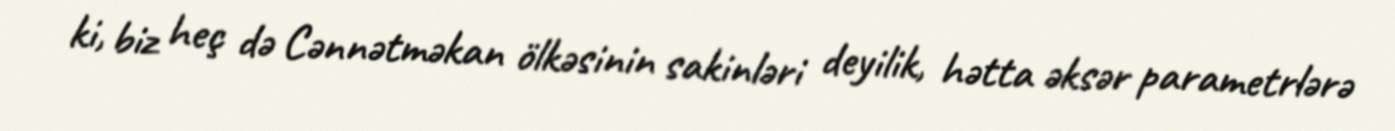
ki, biz heç də Cənnətməkan ölkəsinin sakinləri deyilik, hətta əksər parametrlərə